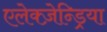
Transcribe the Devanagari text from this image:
एलेक्ज़ेन्ड्रिया